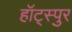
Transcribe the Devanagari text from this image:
हॉट्स्पुर